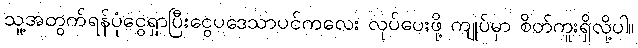
သူ့အတွက်ရန်ပုံငွေရှာပြီးငွေပဒေသာပင်ကလေး လုပ်ပေးဖို့ ကျုပ်မှာ စိတ်ကူးရှိလို့ပါ။